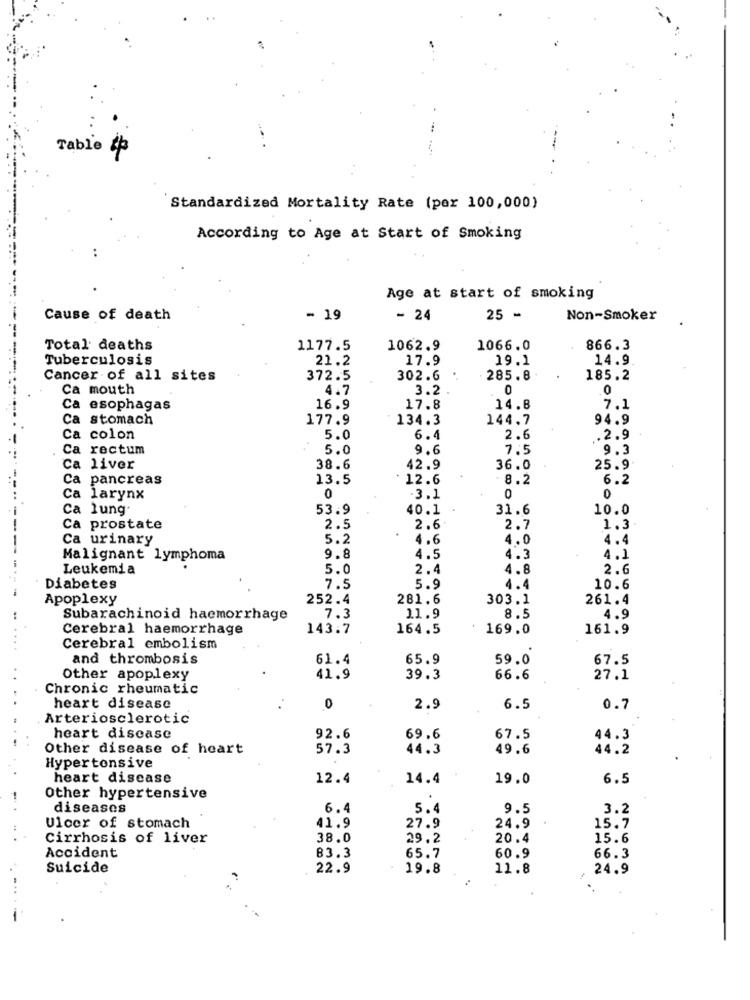
Table 42
Standardized Mortality Rate (por 100,000)
According to Age at Start of Smoking
..
Age at start of smoking
Cause of death
- 19
- 24
25 -
Non-Smoker
Total deaths
1177.5
1062.9
1066.0
866.3
-------------
Tuberculosis
21.2
17.9
19.1
14.9
Cancer of all sites
372.5
302.6
285.8
185.2
Ca mouth
4.7
3.2
0
.0
Ca esophagas
16.9
17.8
14.8
7.1
Ca stomach
177.9
134.3
144.7
94.9
Ca colon
5.0
6.4
2.6
.2.9
Ca rectum
5.0
9.6
7.5
9.3
Ca liver
38.6
42.9
36.0
25.9
Ca pancreas
13.5
12.6
8.2
6.2
Ca larynx
0
-3.1
0
0
Ca lung
53.9
40.1
31.6
10.0
Ca prostate
2.5
2.6
2.7
1.3
Ca urinary
5.2
4.6
4.0
4.4
Malignant lymphoma
9.8
4.5
4.3
4.1
Leukemia
5.0
2.4
4.8
2.6
Diabetes
7.5
5.9
4.4
10.6
Apoplexy
252.4
281.6
303.1
261.4
Subarachinoid hacmorrhage
7.3
11.9
8.5
4.9
Cerebral haemorrhage
143.7
164.5
169.0
161.9
Cerebral embolism
and thrombosis
61.4
65.9
59.0
67.5
Other apoplexy
41.9
39.3
66.6
27.1
Chronic rheumatic
heart disease
0
2.9
6.5
0.7
Arteriosclerotic
heart disease
92.6
69.6
67.5
44.3
Other disease of heart
57.3
44.3
49.6
44.2
Hypertensive
heart disease
12.4
14.4
19.0
6.5
Other hypertensive
diseases
6.4
5.4
9.5
3.2
41.9
Ulcer of stomach
27.9
24.9
15.7
Cirrhosis of liver
38.0
29.2
20.4
15.6
83.3
Accident
65.7
60.9
66.3
Suicide
22.9
19.8
11.8
24.9